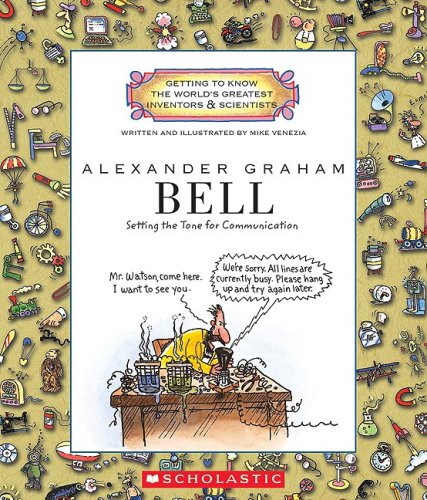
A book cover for Alexander Graham Bell: Setting the Tone for Communication (Getting to Know the World's Greatest Inventors & Scientists); Mike Venezia; Children's Books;